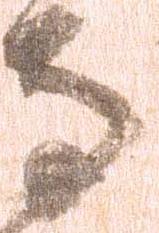
馬